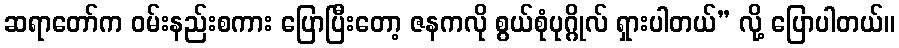
ဆရာတော်က ဝမ်းနည်းစကား ပြောပြီးတော့ ဇနကလို စွယ်စုံပုဂ္ဂိုလ် ရှားပါတယ်” လို့ ပြောပါတယ်။